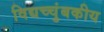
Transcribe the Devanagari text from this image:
विद्यच्चुंबकीय